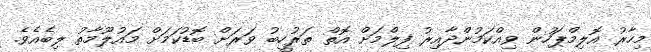
މިހާރު އޮލިމްޕަހުން ވިއްކަމުންދާއިރު ފިލްމަށް އޮތް ތަރުހީބު ވަރަށް ބޮޑުކަމަށް މައުލޫމާތު ލިބެއެވެ.